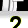
Digit: 2